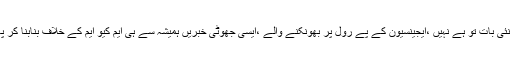
:)ویسے یہ کوئی نئی بات تو ہے نہیں ،ایجینسیون کے پے رول پر بھونکنے والے ،ایسی جھوٹی خبریں ہمیشہ سے ہی ایم کیو ایم کے خلاف بنابنا کر پھیلاتے رہے ہیں!